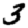
Digit: 3